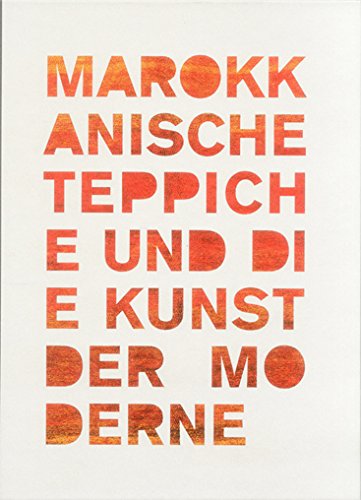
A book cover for Moroccan Carpets and Modern Art; Florian Hufnagl; Crafts, Hobbies & Home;